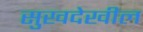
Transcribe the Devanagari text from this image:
सुखदेखील